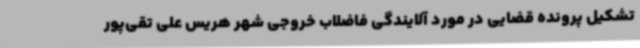
تشکیل پرونده قضایی در مورد آلایندگی فاضلاب خروجی شهر هریس علی تقی‌پور